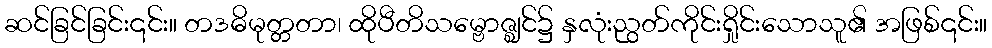
ဆင်ခြင်ခြင်း၎င်း။ တဒဓိမုတ္တတာ၊ ထိုပီတိသမ္ဗောဇ္ဈင်၌ နှလုံးညွတ်ကိုင်းရှိုင်းသောသူ၏ အဖြစ်၎င်း။